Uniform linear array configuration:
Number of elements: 32
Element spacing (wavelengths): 0.5
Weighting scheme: kaiser
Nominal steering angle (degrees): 15
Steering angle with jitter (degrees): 15.089
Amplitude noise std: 0.05
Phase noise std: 0.05

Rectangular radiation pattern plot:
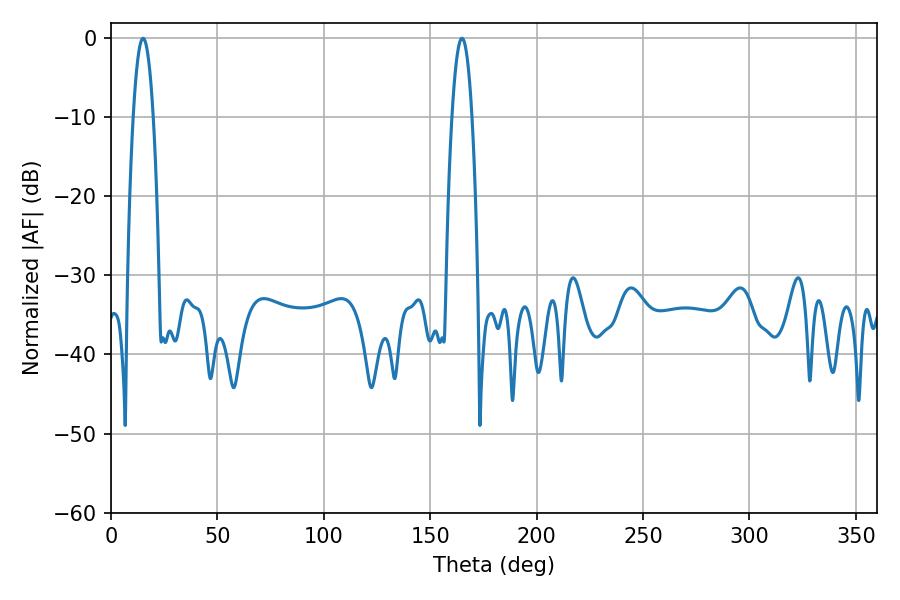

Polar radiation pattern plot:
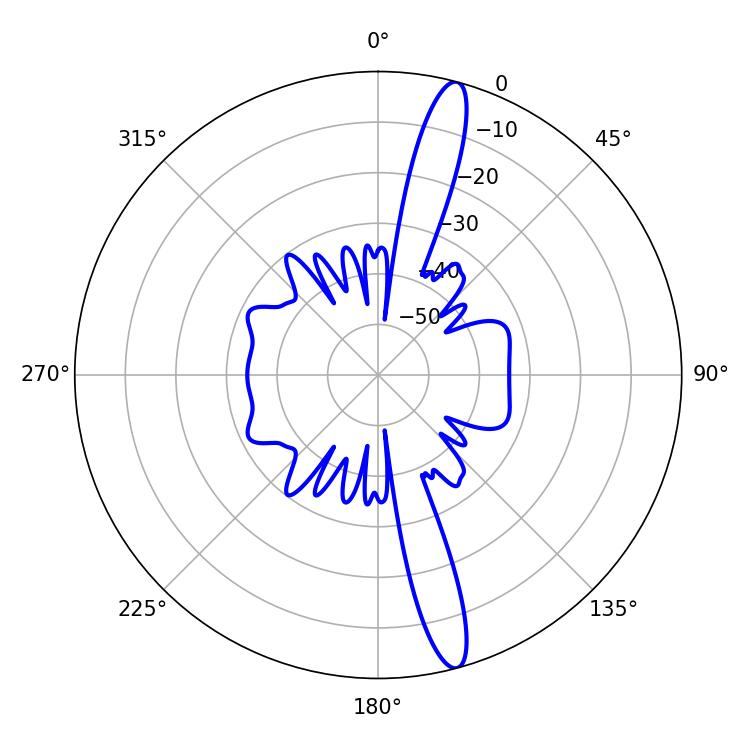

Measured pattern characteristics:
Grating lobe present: FALSE
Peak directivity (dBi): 15.959
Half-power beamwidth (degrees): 5.22
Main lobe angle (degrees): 15.12